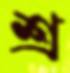
শ্র